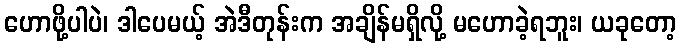
ဟောဖို့ပါပဲ၊ ဒါပေမယ့် အဲဒီတုန်းက အချိန်မရှိလို့ မဟောခဲ့ရဘူး၊ ယခုတော့